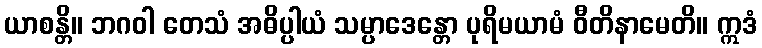
ယာစန္တိ။ ဘဂဝါ တေသံ အဓိပ္ပါယံ သမ္ပာဒေန္တော ပုရိမယာမံ ဝီတိနာမေတိ။ ဣဒံ